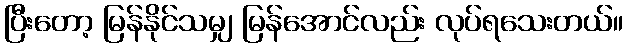
ပြီးတော့ မြန်နိုင်သမျှ မြန်အောင်လည်း လုပ်ရသေးတယ်။